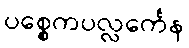
ပစ္စေကပလ္လင်္ကေန